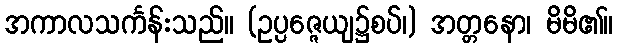
အကာလသင်္ကန်းသည်။ (ဥပ္ပဇ္ဇေယျ၌စပ်၊) အတ္တနော၊ မိမိ၏။